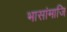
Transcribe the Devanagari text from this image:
भासांमाजि